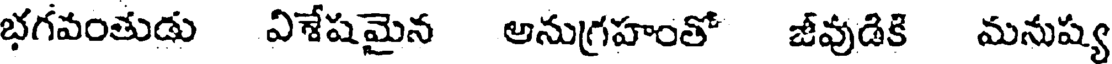
భగవంతుడు విశేషమైన అనుగ్రహంతో జీవుడికి మనుష్య